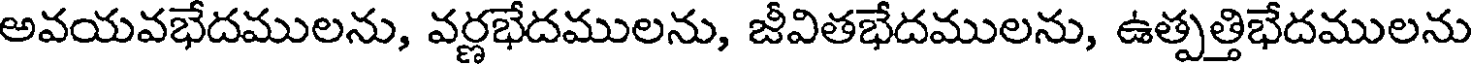
అవయవభేదములను, వర్ణభేదములను, జీవితభేదములను, ఉత్పత్తిభేదములను